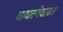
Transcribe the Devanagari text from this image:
याघटनेबाबत